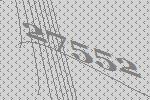
27552